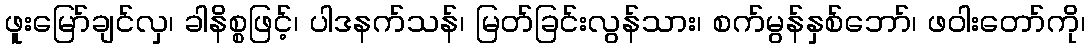
ဖူးမြော်ချင်လှ၊ ခါနိစ္စဖြင့်၊ ပါဒနက်သန်၊ မြတ်ခြင်းလွန်သား၊ စက်မွန်နှစ်ဘော်၊ ဖဝါးတော်ကို၊